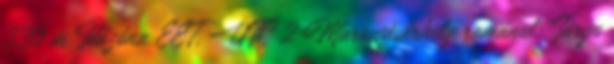
330 m Időzóna EET, UTC 2 Marosvásárhely románul: Târgu